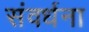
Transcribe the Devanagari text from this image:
संवर्धना